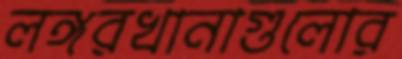
লঙ্গরখানাগুলোর